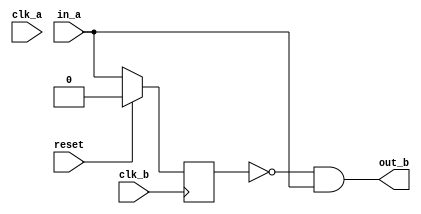
`timescale 1ns / 1ps

//------------------------------------------------------------------------------
// Module
//------------------------------------------------------------------------------

// this is a bit misnamed, it's not really a CDC. just a pulse extractor.
// turns out there isn't even enough time to do a CDC with the DMA engine's response
// latency to a request...
module cdc_pulse (
    input  wire          reset,
    input  wire          clk_a,
    input  wire          clk_b,
    input  wire          in_a,
    output wire          out_b
);

reg in_a_sync;

// this assumes that:
// 1. clk_a is less than or equal to clk_b
// 2. clk_a is mesochronous to clk_b, i.e., edges are always aligned, but the frequency may be different
//    So this works when the AHB bus clock is a power-of-2 factor of the PIO clock, and edge-aligned.
always @(posedge clk_b) begin
    if (reset) begin
        in_a_sync <= 0;
    end else begin
        in_a_sync <= in_a;
    end
end
// generates a single pulse in out_b domain
assign out_b = !in_a_sync & in_a;


//------------------------------------------------------------------------------
// Specialized Logic
//------------------------------------------------------------------------------

endmodule